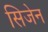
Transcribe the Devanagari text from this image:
सिजेन